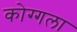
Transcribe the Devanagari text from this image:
कोग्गला